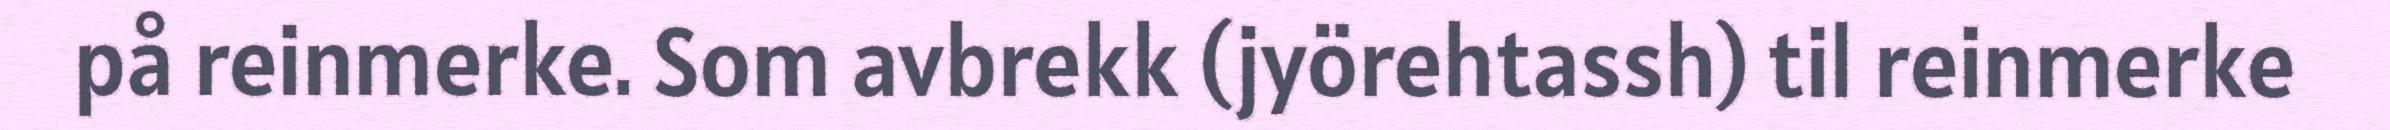
på reinmerke. Som avbrekk (jyörehtassh) til reinmerke